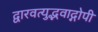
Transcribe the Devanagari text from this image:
द्वारवत्युद्भवाद्गोपी